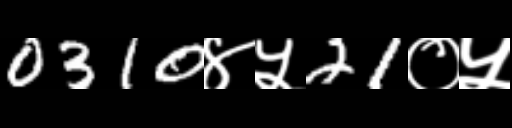
Text: 0310४५21०५